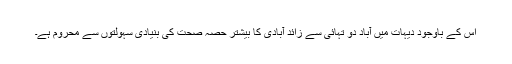
اس کے باوجود دیہات میں آباد دو تہائی سے زائد آبادی کا بیشتر حصہ صحت کی بنیادی سہولتوں سے محروم ہے۔